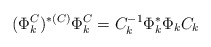
\begin{align*}(\Phi_k^C)^{*(C)}\Phi_k^C=C_k^{-1}\Phi_k^*\Phi_kC_k \end{align*}